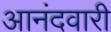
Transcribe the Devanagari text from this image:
आनंदवारी